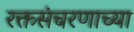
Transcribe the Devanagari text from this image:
रक्तसंचरणाच्या